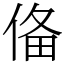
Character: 俻